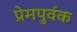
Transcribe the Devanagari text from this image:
प्रेमपुर्वक